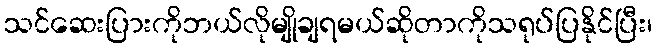
သင်ဆေးပြားကိုဘယ်လိုမျိုချရမယ်ဆိုတာကိုသရုပ်ပြနိုင်ပြီး၊